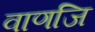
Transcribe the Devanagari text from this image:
वाणजि